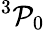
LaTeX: {}^{3}\mathcal{P}_{0}